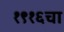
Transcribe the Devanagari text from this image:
१९१६चा